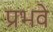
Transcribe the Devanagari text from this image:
प्रभवे